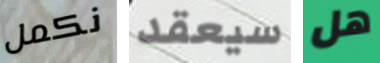
نكمل سيعقد هل